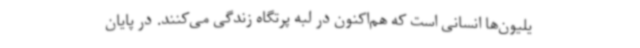
یلیون‌ها انسانی است که هم‌اکنون در لبه پرتگاه زندگی می‌کنند. در پایان